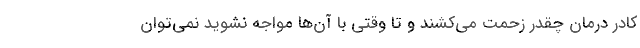
کادر درمان چقدر زحمت می‌کشند و تا وقتی با آن‌ها مواجه نشوید نمی‌توان